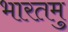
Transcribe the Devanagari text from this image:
भारतमु